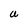
Character: U